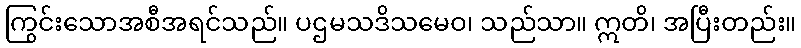
ကြွင်းသောအစီအရင်သည်။ ပဌမသဒိသမေဝ၊ သည်သာ။ ဣတိ၊ အပြီးတည်း။